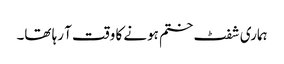
ہماری شفٹ ختم ہونے کا وقت آ رہا تھا۔